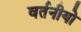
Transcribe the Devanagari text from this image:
वर्तनीयो